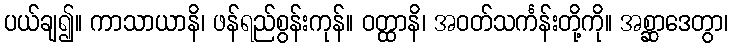
ပယ်ချ၍။ ကာသာယာနိ၊ ဖန်ရည်စွန်းကုန်။ ဝတ္ထာနိ၊ အဝတ်သင်္ကန်းတို့ကို။ အစ္ဆာဒေတွာ၊